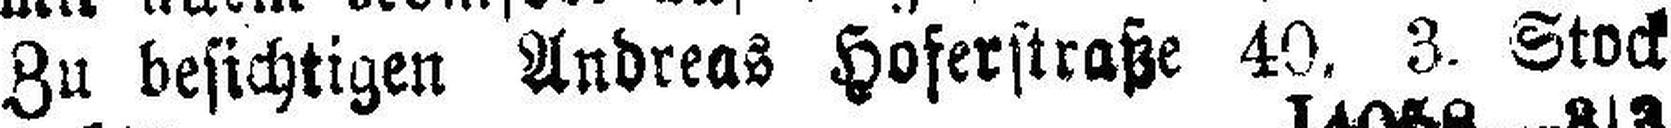
Zu besichtigen Andreas Hoferstraße 40, 3. Stock